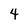
Character: 4